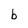
Character: b